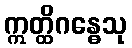
ဣတ္ထိဂန္ဓေသု